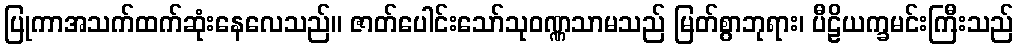
ပြုကာအသက်ထက်ဆုံးနေလေသည်။ ဇာတ်ပေါင်းသော်သုဝဏ္ဏသာမသည် မြတ်စွာဘုရား၊ ပီဠိယက္ခမင်းကြီးသည်